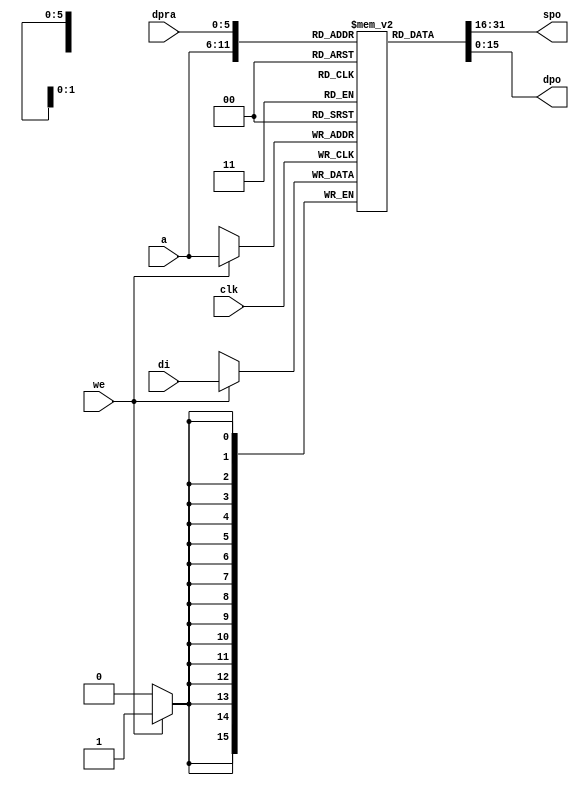
// Dual-Port RAM with Asynchronous Read (Distributed RAM)
module rams_dist (clk, we, a, dpra, di, spo, dpo);
input clk;
input we;
input [5:0] a;
input [5:0] dpra;
input [15:0] di;
output [15:0] spo;
output [15:0] dpo;
reg [15:0] ram [63:0];

always @(posedge clk)
begin
    if (we)
        ram[a] <= di;
end

assign spo = ram[a];
assign dpo = ram[dpra];

endmodule